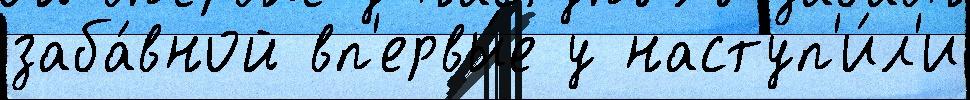
заба́вной вп'ервы́е у наступ'и́л'и